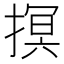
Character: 㨠